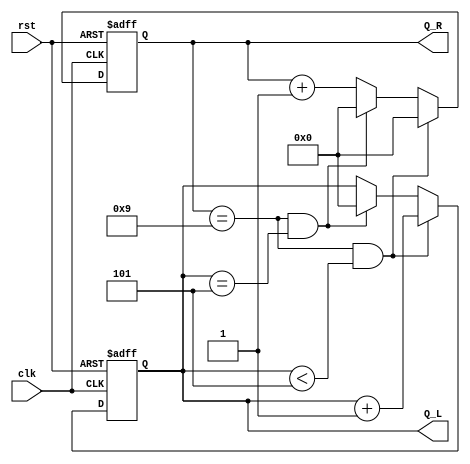
`timescale 1ns / 1ps
//////////////////////////////////////////////////////////////////////////////////
// Company: 
// Engineer: 
// 
// Design Name: 
// Module Name: timer
// Project Name: 
// Target Devices: 
// Tool Versions: 
// Description: 
// 
// Dependencies: 
// 
// Revision:
// Revision 0.01 - File Created
// Additional Comments:
// 
//////////////////////////////////////////////////////////////////////////////////
//q Q

module timer(clk,rst,Q_L,Q_R);
input clk,rst;
output [3:0] Q_L;
output [3:0] Q_R;
reg [3:0] Q_L;
reg [3:0] Q_R;
always@(posedge clk or posedge rst)begin
    if(rst==1)begin Q_L<=4'b0000;Q_R<=4'b0000;end
    else if(Q_R==4'b1001&&Q_L<4'b0101) begin Q_R<=4'b0000;Q_L<=Q_L+1;end
    else if (Q_R==4'b1001&&Q_L==4'b0101)begin Q_L<=4'b0000;Q_R<=4'b0000;end
    else Q_R<=Q_R+1;
end    
endmodule